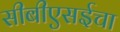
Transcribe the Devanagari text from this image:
सीबीएसईचा